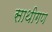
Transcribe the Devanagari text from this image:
साथीगण